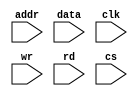
`timescale 1ns / 1ps
//////////////////////////////////////////////////////////////////////////////////
// Company: 
// Engineer: 
// 
// Design Name: 
// Module Name: ram
// Project Name: 
// Target Devices: 
// Tool Versions: 
// Description: 
// 
// Dependencies: 
// 
// Revision:
// Revision 0.01 - File Created
// Additional Comments:
// 
//////////////////////////////////////////////////////////////////////////////////


module ram (addr,data,clk,wr,rd,cs);
input [9:0] addr;
input clk,wr,rd,cs;
input data;
reg [7:0] mem [1023:0];
reg [7:0] d_out;
assign data=(cs && rd)?d_out:8'bz;
always @(posedge clk)
if(cs && wr && !rd)
mem[addr]=data;
always @(posedge clk)
if(cs && rd && !wr)                               
d_out=mem[addr];
endmodule